Leningradi_Edasi_toimetus, lk 77
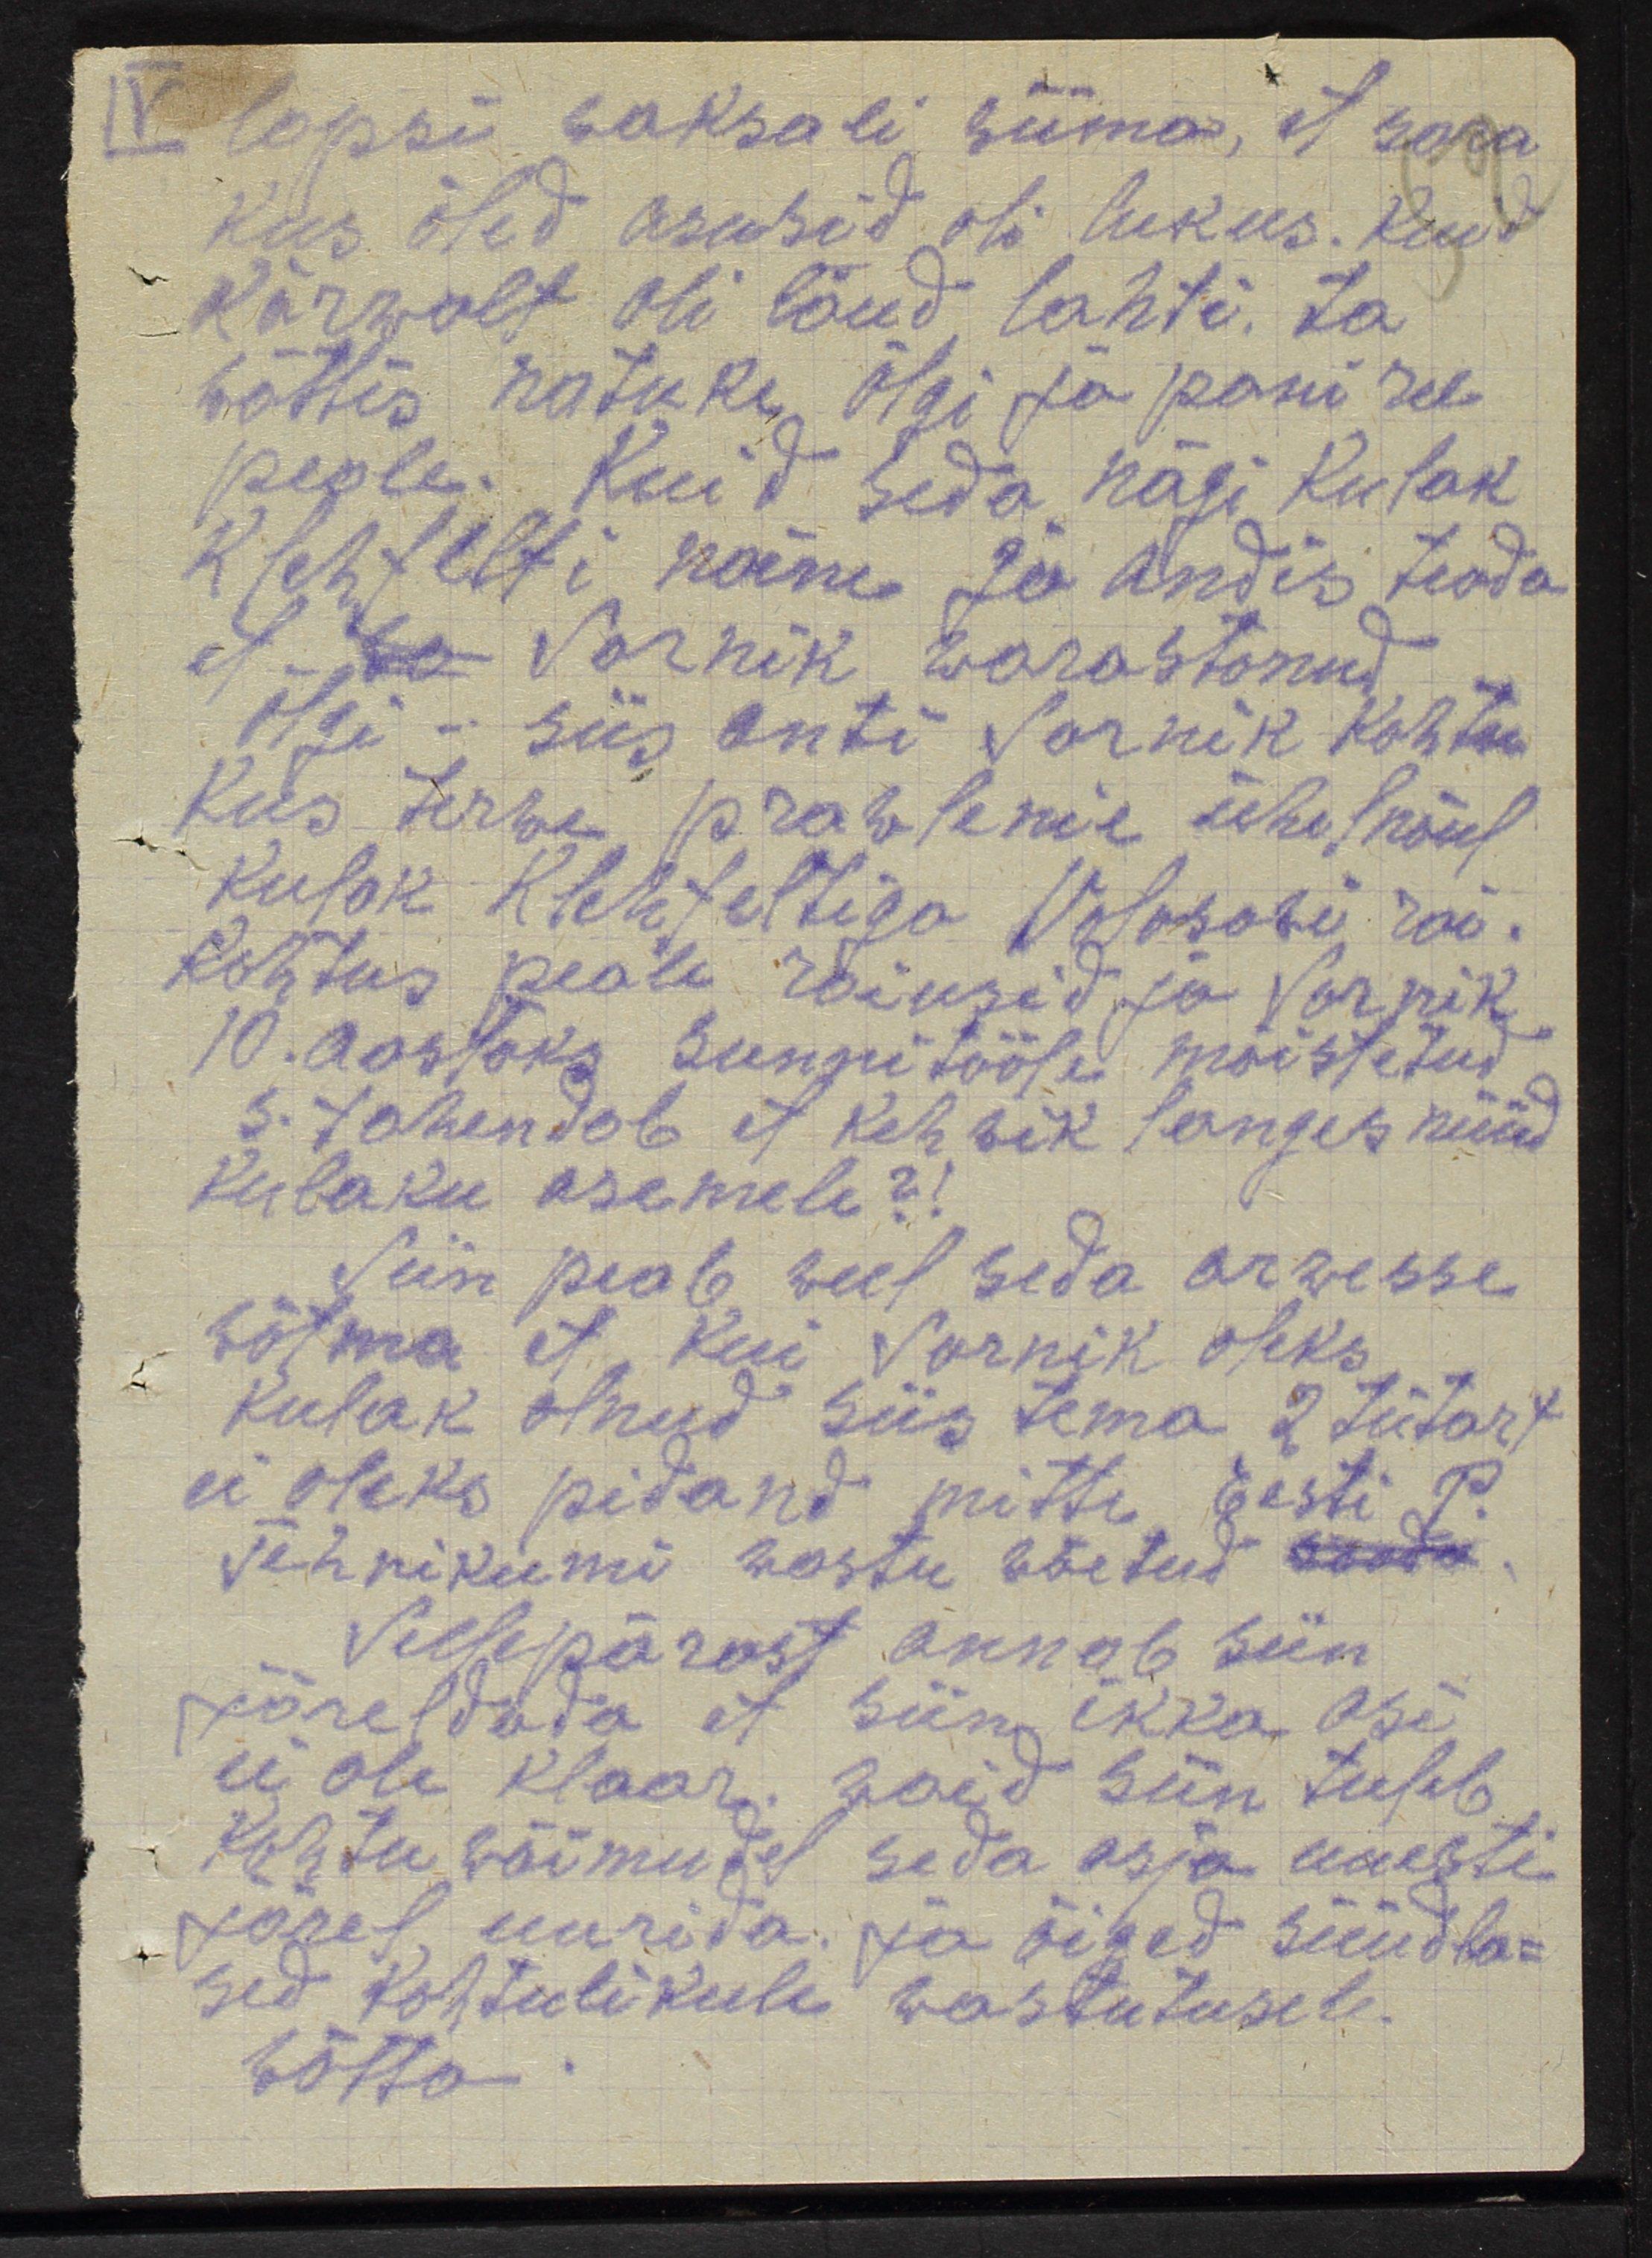
lapsi waksali wiima, et sara
kus õled asusid oli lukus. Kuid
kõrwalt oli laud lahti. Ta
wõttis natuke õlgi ja pani ree
peale. Kuid seda nägi kulak
Klehfelti naine ja andis teada
et wo Sarnik warastanud
õlgi - siis anti Sarnik kohtu
kus terwe prawlenie ühel nõul
kulak Klehfteltiga Volosoei rai
kohtus peale raiusid ja Sarnik
10. aastaks sunnitööle mõistetud
s. tahendab et kehwik langes nüüd
Kulaku asemele?
Siin peab weel seda arwesse
wõtma, et kui Sarnik oleks
Kulak olnud siis tema 2 tütart
ei oleks pidand mitte Eesti P.
tehnikumi wastu wõetud saada.
Sellepärast annab siin
järeldada et siin ikka asi
ei ole klaar. waid siin tuleb
Kohtu wõimudel seda asja uuesti
järel uurida. Ja õiged süüdla-
sed kohtulikule wastutusele.
wõtta